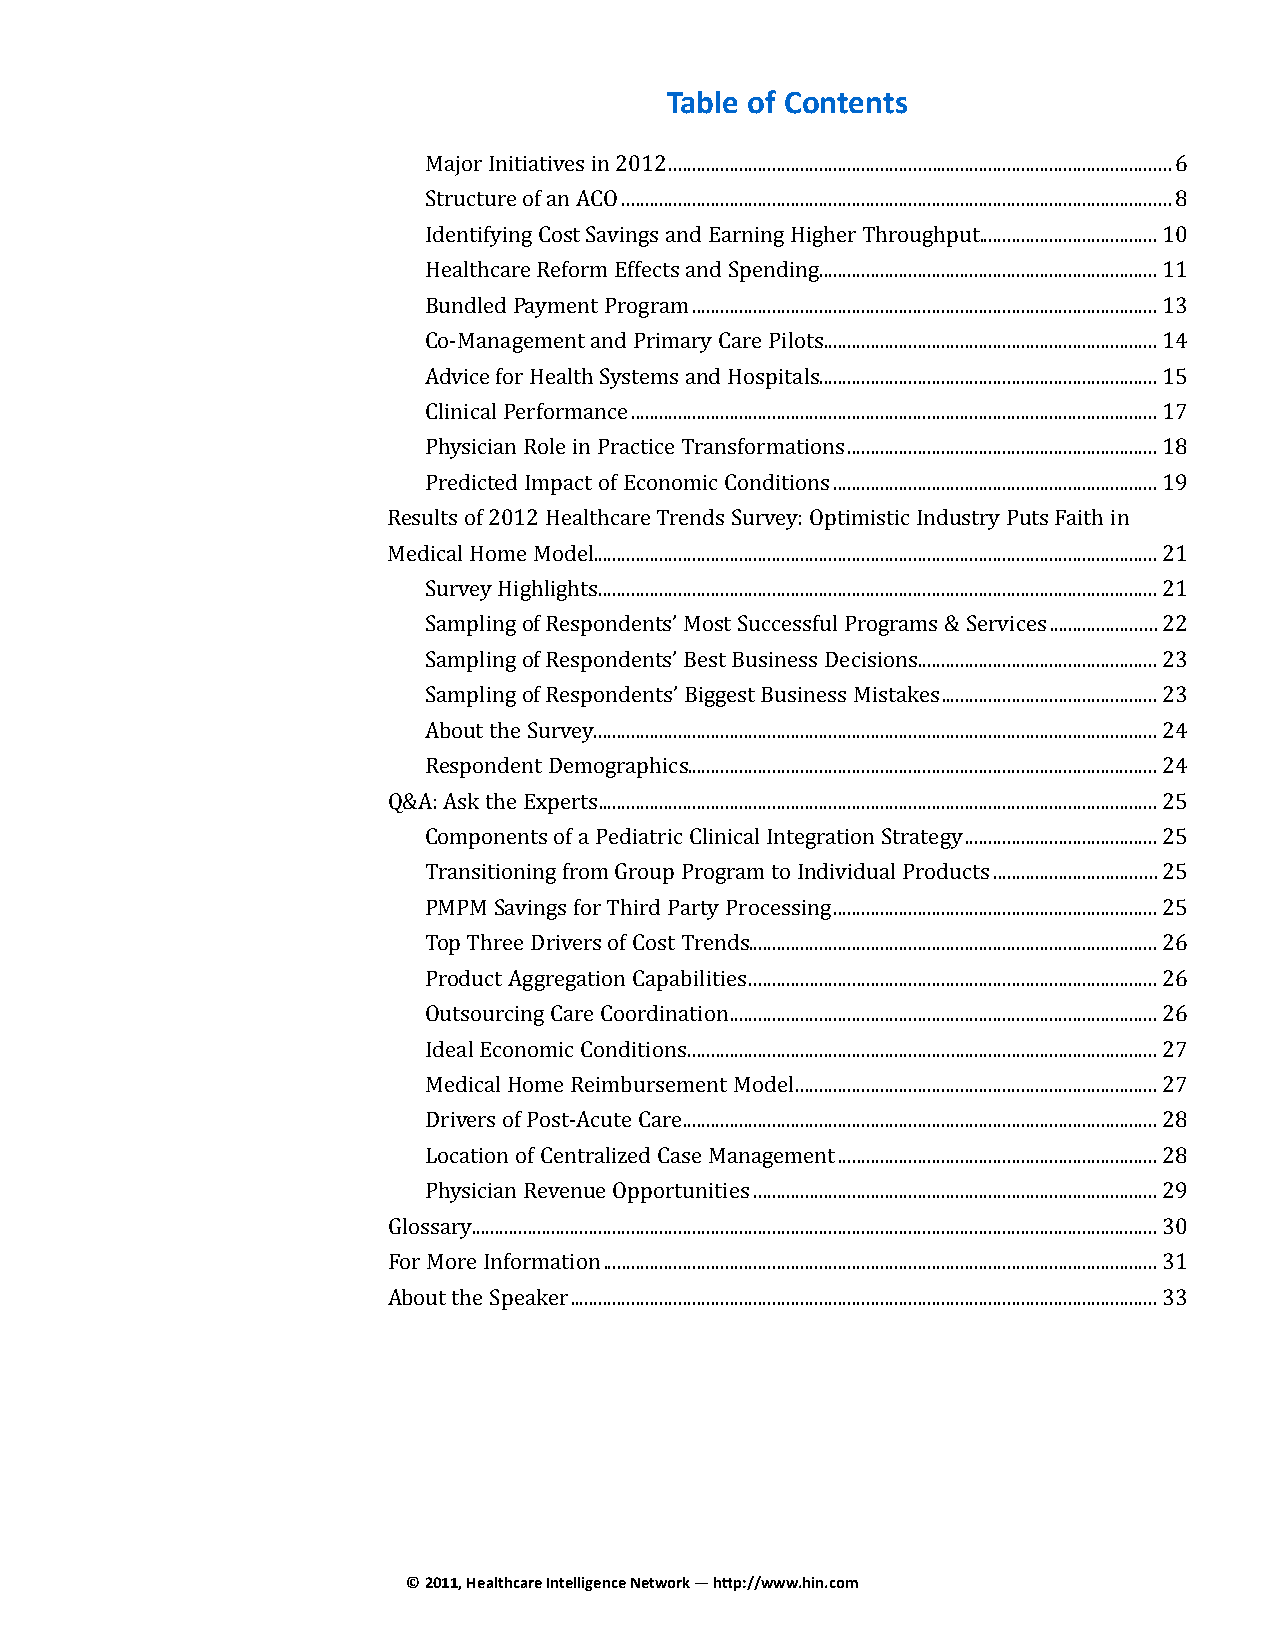
Table of Contents
 Major Initiatives in 2012 ...........................................................................................................6
 Structure of an ACO .....................................................................................................................8
 Identifying Cost Savings and Earning Higher Throughput......................................10
 Healthcare Reform Effects and Spending ........................................................................11
 Bundled Payment Program ...................................................................................................13
 Co-Management and Primary Care Pilots .......................................................................14
 Advice for Health Systems and Hospitals ........................................................................15
 Clinical Performance ................................................................................................................17
 Physician Role in Practice Transformations ..................................................................18
 Predicted Impact of Economic Conditions .....................................................................19
 Results of 2012 Healthcare Trends Survey: Optimistic Industry Puts Faith in
 Medical Home Model ........................................................................................................................21
 Survey Highlights .......................................................................................................................21
 Sampling of Respondents’ Most Successful Programs & Services .......................22
 Sampling of Respondents’ Best Business Decisions ...................................................23
 Sampling of Respondents’ Biggest Business Mistakes ..............................................23
 About the Survey ........................................................................................................................24
 Respondent Demographics....................................................................................................24
 Q&A: Ask the Experts .......................................................................................................................25
 Components of a Pediatric Clinical Integration Strategy .........................................25
 Transitioning from Group Program to Individual Products ...................................25
 PMPM Savings for Third Party Processing .....................................................................25
 Top Three Drivers of Cost Trends.......................................................................................26
 Product Aggregation Capabilities .......................................................................................26
 Outsourcing Care Coordination ...........................................................................................26
 Ideal Economic Conditions ....................................................................................................27
 Medical Home Reimbursement Model .............................................................................27
 Drivers of Post-Acute Care .....................................................................................................28
 Location of Centralized Case Management ....................................................................28
 Physician Revenue Opportunities ......................................................................................29
 Glossary ..................................................................................................................................................30
 For More Information ......................................................................................................................31
 About the Speaker .............................................................................................................................33
 © 2011, Healthcare Intelligence Network — http://www.hin.com